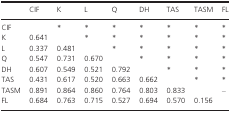
|  | CIF | K | L | Q | DH | TAS | TASM | FL |
 | --- | --- | --- | --- | --- | --- | --- | --- | --- |
 | CIF |  | * | * | * | * | * | * | * |
 | K | 0.641 |  | * | * | * | * | * | * |
 | L | 0.337 | 0.481 |  | * | * | * | * | * |
 | Q | 0.547 | 0.731 | 0.670 |  | * | * | * | * |
 | DH | 0.607 | 0.549 | 0.521 | 0.792 |  | * | * | * |
 | TAS | 0.431 | 0.617 | 0.520 | 0.663 | 0.662 |  | * | * |
 | TASM | 0.891 | 0.864 | 0.860 | 0.764 | 0.803 | 0.833 |  | – |
 | FL | 0.684 | 0.763 | 0.715 | 0.527 | 0.694 | 0.570 | 0.156 |  |